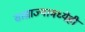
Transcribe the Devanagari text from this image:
साम्राज्यामध्येही